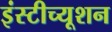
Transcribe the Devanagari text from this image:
इंस्टीच्यूशन